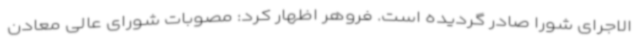
الاجرای شورا صادر گردیده است. فروهر اظهار کرد: مصوبات شورای عالی معادن